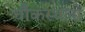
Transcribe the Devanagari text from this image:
चौकस्थलों